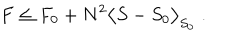
LaTeX: F \le F _ { 0 } + N ^ { 2 } \big < S - S _ { 0 } \big > _ { S _ { 0 } } \; .